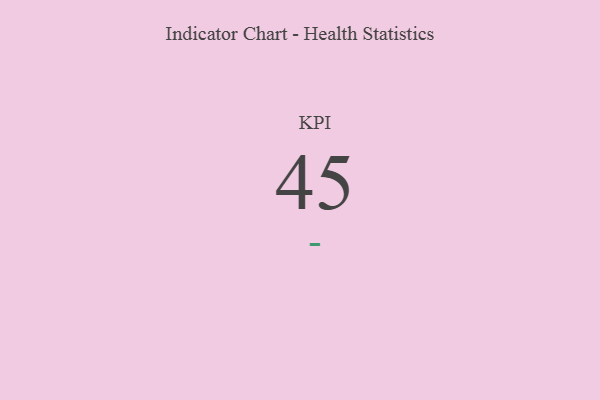
{"axis": {"x": "KPI", "y": "Value"}, "legend": [""], "data": [{"x": "KPI", "y": 45, "type": ""}]}